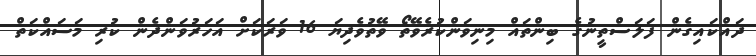
ދައްކައިގެން ފަލަސްތީނުގެ ބިންތައް މިނިވަންކުރެވޭތޯ ވޭތުވެދިޔަ 16 ވަރަކަށް އަހަރުވަންދެން ކުރި މަސައްކަތް